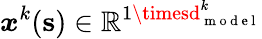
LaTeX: \boldsymbol{\mathit{x}}^{k}(\mathbf{{s}})\in\mathbb{{R}}^{1\timesd_{\mathrm{{~m~o~d~e~l~}}}^{k}}